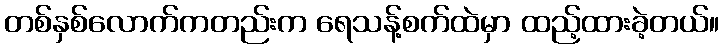
တစ်နှစ်လောက်ကတည်းက ရေသန့်စက်ထဲမှာ ထည့်ထားခဲ့တယ်။